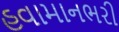
હવામાનભરી